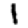
Digit: 1